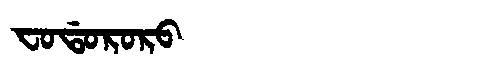
Manchu: ᠸᠣᡩᠣᡵᠣᡵᠣ
Romanization: FODORORO